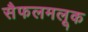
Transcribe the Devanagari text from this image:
सैफलमलूक